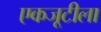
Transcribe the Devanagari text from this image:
एकजूटीला